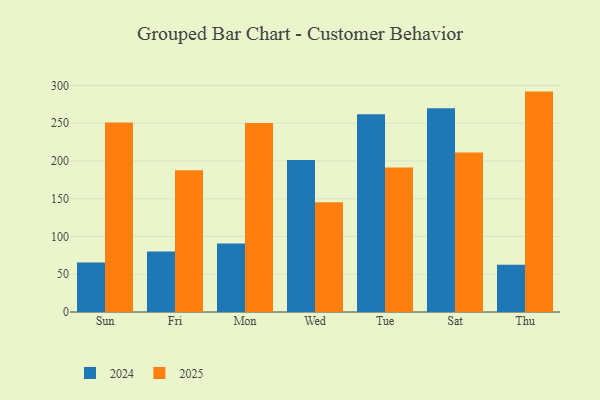
{"axis": {"x": "Day", "y": "Bounce Rate (%)"}, "legend": ["2024", "2025"], "data": [{"x": "Sun", "y": 65.6, "type": "2024"}, {"x": "Sun", "y": 251.0, "type": "2025"}, {"x": "Fri", "y": 80.0, "type": "2024"}, {"x": "Fri", "y": 187.7, "type": "2025"}, {"x": "Mon", "y": 90.6, "type": "2024"}, {"x": "Mon", "y": 250.4, "type": "2025"}, {"x": "Wed", "y": 201.3, "type": "2024"}, {"x": "Wed", "y": 145.3, "type": "2025"}, {"x": "Tue", "y": 261.9, "type": "2024"}, {"x": "Tue", "y": 191.3, "type": "2025"}, {"x": "Sat", "y": 269.8, "type": "2024"}, {"x": "Sat", "y": 211.4, "type": "2025"}, {"x": "Thu", "y": 62.7, "type": "2024"}, {"x": "Thu", "y": 291.9, "type": "2025"}]}